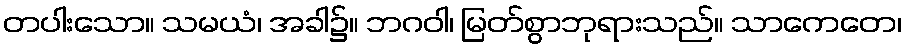
တပါးသော။ သမယံ၊ အခါ၌။ ဘဂဝါ၊ မြတ်စွာဘုရားသည်။ သာကေတေ၊